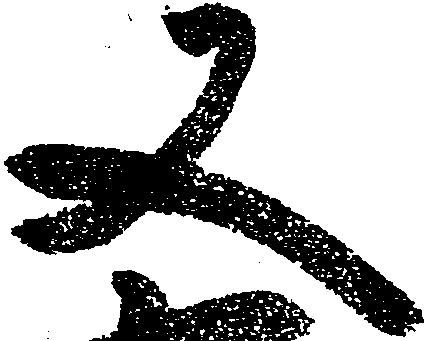
又